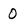
Character: 0